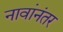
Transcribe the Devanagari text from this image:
नावांनंतर